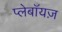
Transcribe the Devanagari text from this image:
प्लेबॉयज़